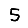
Digit: 5